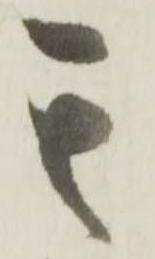
其